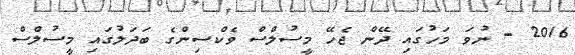
2016 - ނުވަ މަހުގައި ދޭން ޖެހޭ މީސުލްސް ވެކްސިންގެ ބަދަލުގައި މީސުލްސް